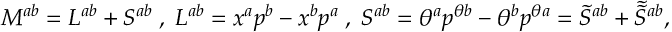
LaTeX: M ^ { a b } = L ^ { a b } + S ^ { a b } \; , \; L ^ { a b } = x ^ { a } p ^ { b } - x ^ { b } p ^ { a } \; , \; S ^ { a b } = \theta ^ { a } p ^ { \theta b } - \theta ^ { b } p ^ { \theta a } = \tilde { S } ^ { a b } + \tilde { \tilde { S } } { } ^ { a b } ,